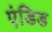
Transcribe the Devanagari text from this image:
एंडिड